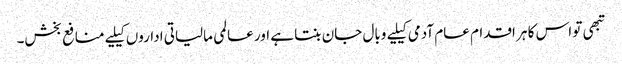
تبھی تو اس کا ہر اقدام عام آدمی کیلیے وبال جان بنتا ہے اور عالمی مالیاتی اداروں کیلیے منافع بخش۔